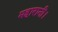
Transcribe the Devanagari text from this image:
महारानी।